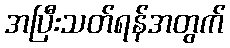
အပြီးသတ်ရန်အတွက်